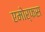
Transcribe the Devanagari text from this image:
एमोर्फस